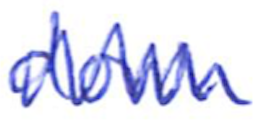
Text: down
Cross-out: zig-zag
Writing tool: ballpoint